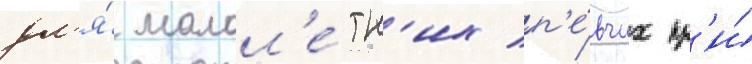
дл'я́ малол'е́тн'их п'е́вчих пр'и́